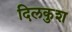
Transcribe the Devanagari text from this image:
दिलकुश